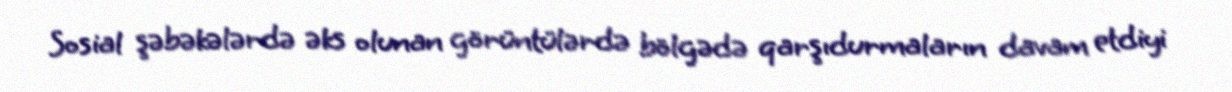
Sosial şəbəkələrdə əks olunan görüntülərdə bölgədə qarşıdurmaların davam etdiyi